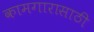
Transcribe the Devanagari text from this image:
कामगारासाठी